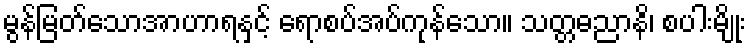
မွန်မြတ်သောအာဟာရနှင့် ရောစပ်အပ်ကုန်သော။ သတ္တဓညာနိ၊ စပါးမျိုး